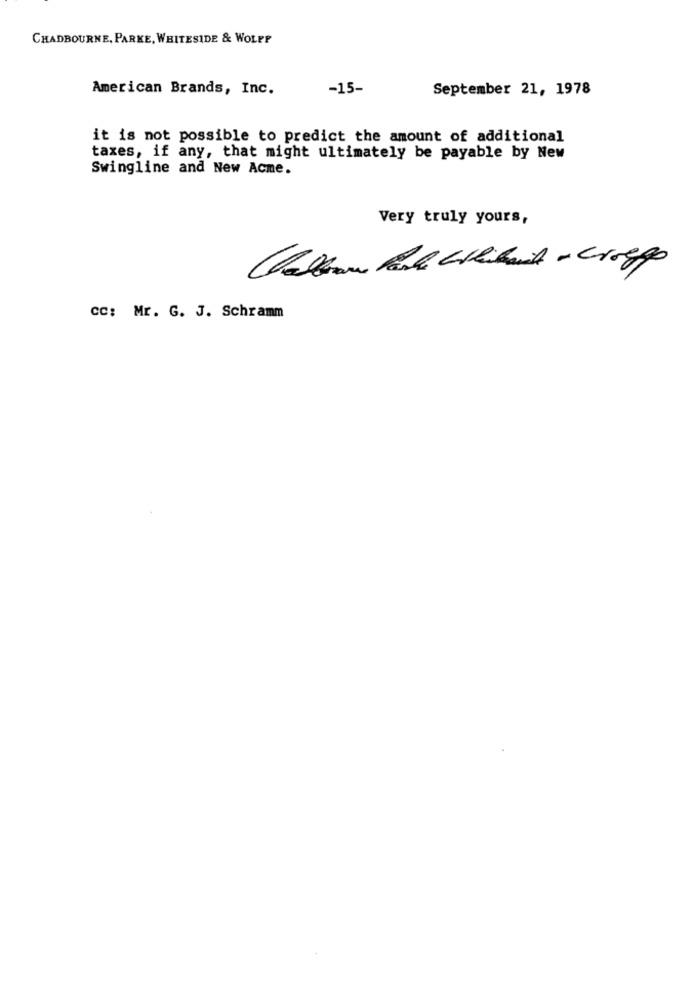
CHADBOURNE, PARKE, WHITESIDE & WOLFF
American Brands, Inc.
-15-
September 21, 1978
it is not possible to predict the amount of additional
taxes, if any, that might ultimately be payable by New
Swingline and New Acme.
Very truly yours,
cc: Mr. G. J. Schramm